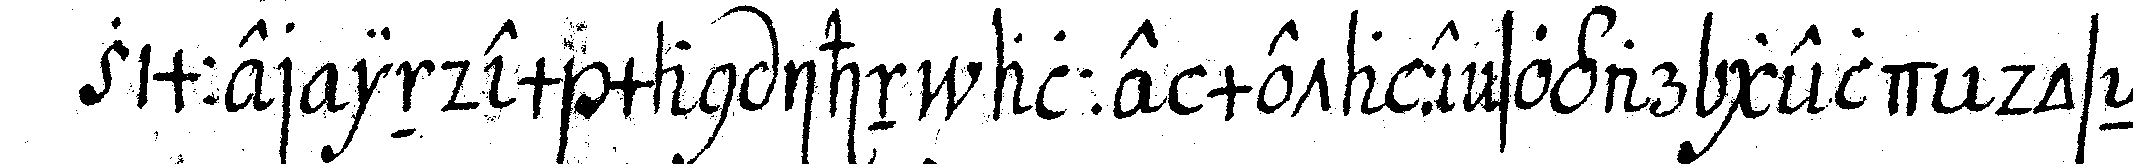
zimmer indem man ihn alle metalle sogar geld doseN